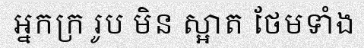
អ្នកក្រ រូប មិន ស្អាត ថែមទាំង